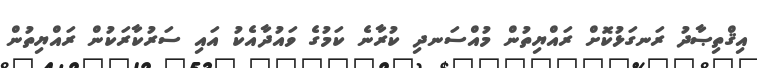
އިޤްތިޞާދު ރަނގަޅުކޮށް ރައްޔިތުން މުއްސަނދި ކުރާނެ ކަމުގެ ވައުދާއެކު އައި ސަރުކާރަކުން ރައްޔިތުން